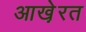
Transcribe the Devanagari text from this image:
आखे़रत